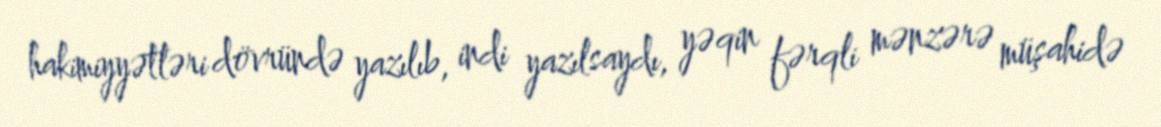
hakimiyyətləri dövründə yazılıb, indi yazılsaydı, yəqin fərqli mənzərə müşahidə